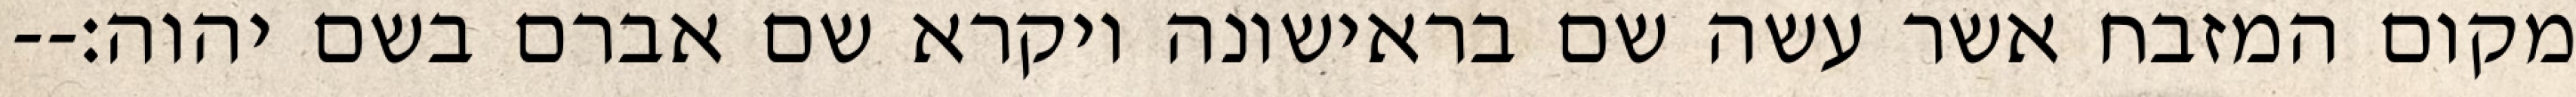
מקום המזבח אשר עשה שם בראישונה ויקרא שם אברם בשם יהוה׃--